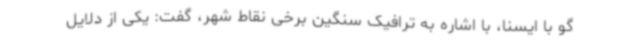
گو با ایسنا، با اشاره به ترافیک سنگین برخی نقاط شهر، گفت: یکی از دلایل